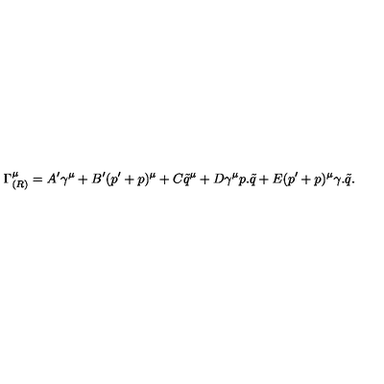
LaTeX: \Gamma _ { ( R ) } ^ { \mu } = A ^ { \prime } \gamma ^ { \mu } + B ^ { \prime } ( p ^ { \prime } + p ) ^ { \mu } + C \tilde { q } ^ { \mu } + D \gamma ^ { \mu } p . \tilde { q } + E ( p ^ { \prime } + p ) ^ { \mu } \gamma . \tilde { q } .